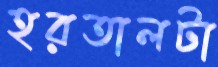
হরতালটা